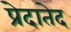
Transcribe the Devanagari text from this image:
प्रेदातेद